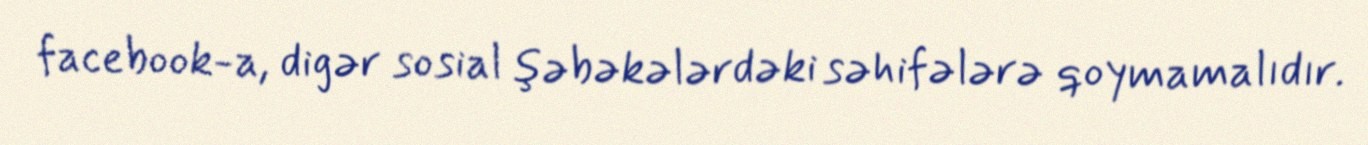
facebook-a, digər sosial şəbəkələrdəki səhifələrə qoymamalıdır.